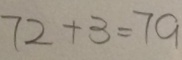
7 2 + 3 = 7 9